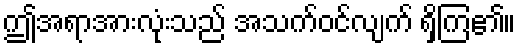
ဤအရာအားလုံးသည် အသက်ဝင်လျက် ရှိကြ၏။